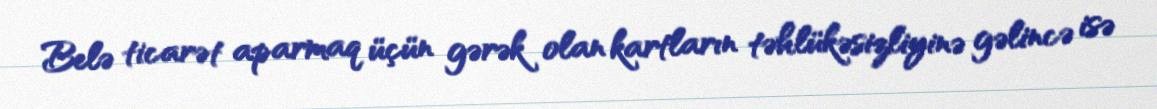
Belə ticarət aparmaq üçün gərək olan kartların təhlükəsizliyinə gəlincə isə